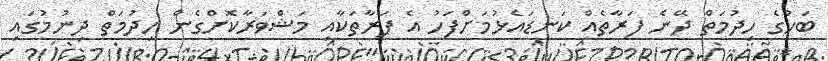
ބަހުގެ ހިދުމަތް ދޭނެ ފަރާތެއް ކަނޑައެޅުމަށްފަހު އެ ފަރާތަކާއި މަޝްވަރާކޮށްގެން ހިދުމަތް ދިނުމުގައި